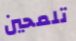
تلمحين